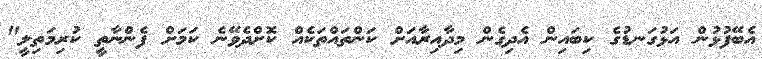
އެބޭފުޅުން އަޅުގަނޑުގެ ކިބައިން އެދިގެން މިދާއިރާއަށް ކަންތައްތަކެއް ކޮށްދެވޭނެ ކަމަށް ފެންނާތީ ކުރިމަތިލީ"